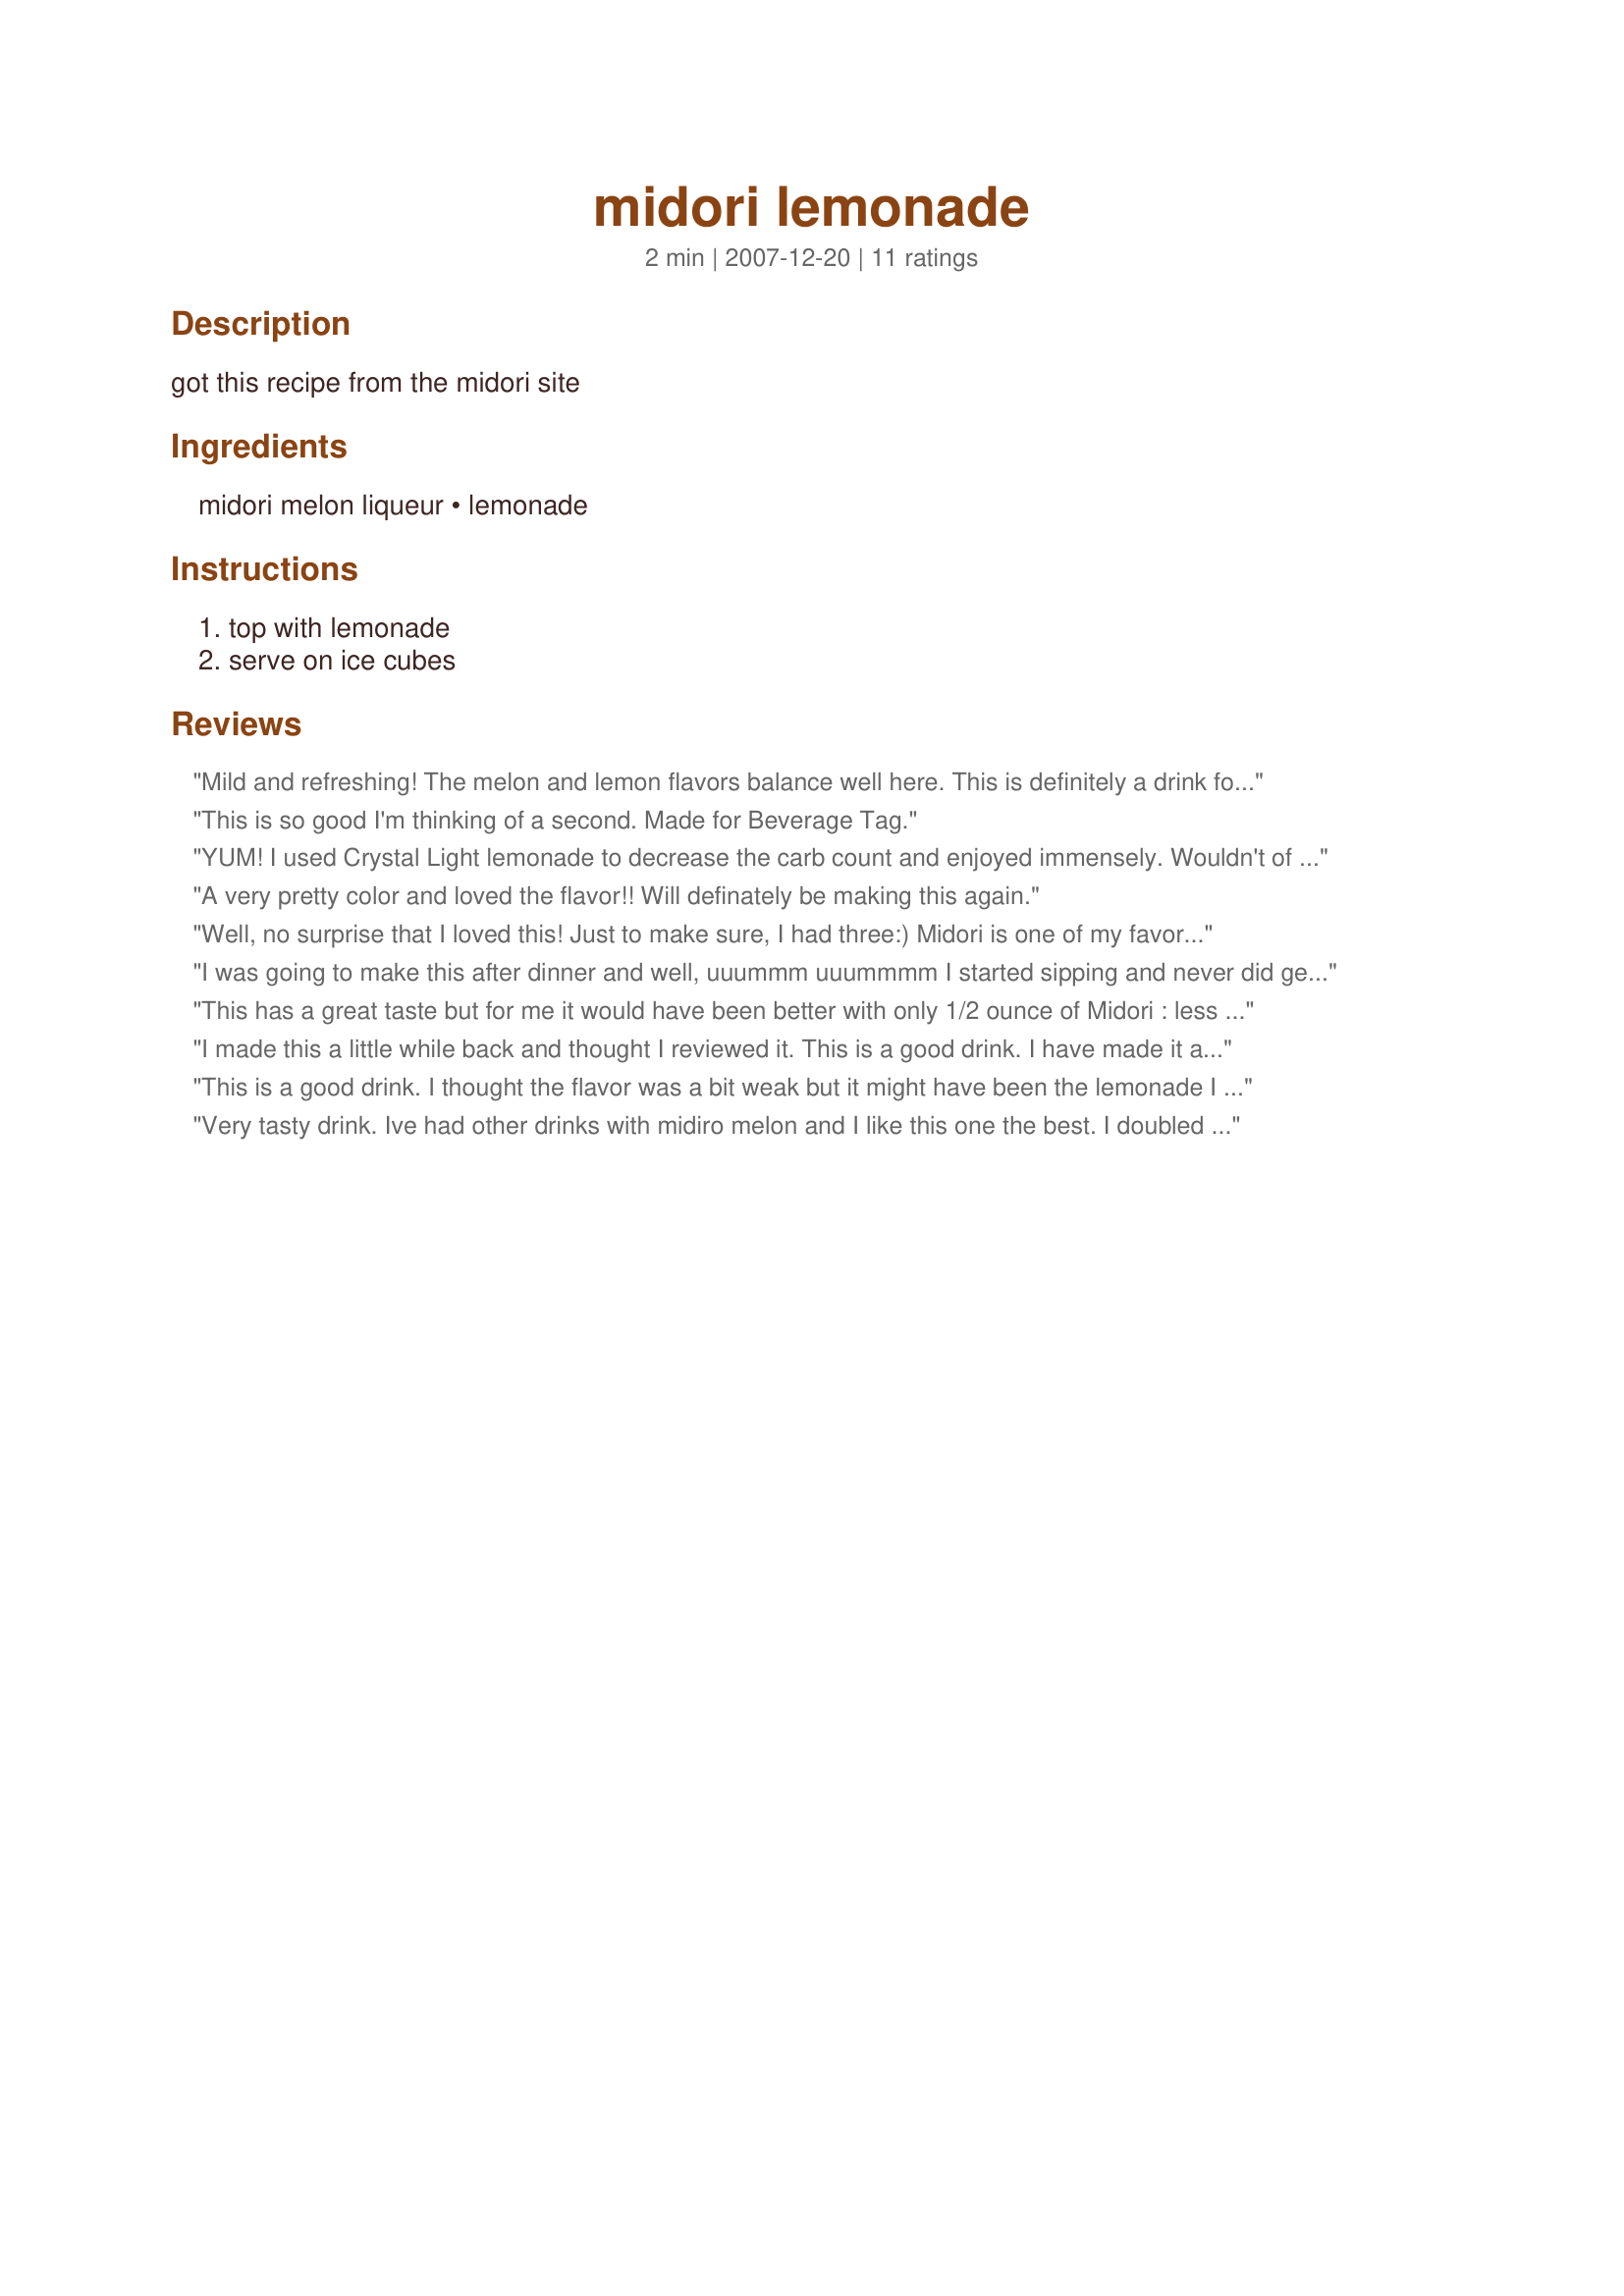
midori lemonade
Preparation time: 2 minutes

got this recipe from the midori site

Ingredients:
midori melon liqueur, lemonade

Steps:
top with lemonade, serve on ice cubes

Reviews:
Mild and refreshing! The melon and lemon flavors balance well here. This is definitely a drink for those who enjoy a lighter alcohol and a sweeter drink. This is not too sweet- just right. The lemonade balances the sweet Midori well. Thanks NoraMarie! *Made for Bevy Tag*
This is so good I'm thinking of a second. Made for Beverage Tag.
YUM! I used Crystal Light lemonade to decrease the carb count and enjoyed immensely. Wouldn't of thought of this combo myself. Thats why I love Zaar:) Thanks!
A very pretty color and loved the flavor!! Will definately be making this again.
Well, no surprise that I loved this! Just to make sure, I had three:) Midori is one of my favorites to have when I am wanting something a little sweet.
I was going to make this after dinner and well, uuummm uuummmm I started sipping and never did get to making dinner. I promised my husband once my bottle of Midori's gone, it's gone.
This has a great taste but for me it would have been better with only 1/2 ounce of Midori : less sweet. I used pink lemonade. Not the best look but at least, the taste is the same. Thanks Nora Marie. Made for Bevy tag
I made this a little while back and thought I reviewed it. This is a good drink. I have made it a couple of times. Easy to make and not too strong. I will be making this again. Thanks for sharing your recipe. Made for Bevy Tag.
This is a good drink. I thought the flavor was a bit weak but it might have been the lemonade I used. A very pretty color!
Very tasty drink. Ive had other drinks with midiro melon and I like this one the best. I doubled the ingredients and made it in a very tall glass. Next time I will add a squeeze of fresh lemon. Thanks for sharing this recipe.
I bought a mini bottle of the Midori melon a few months back to tag, but then never got to tag the drink. I wasn't sure if I would it and found out that I sure do!!! I used crystal light lemonade and then mixed with the Midori, and it was delicious light and fruity drink. Thanks NoraMarie for a great new drink. Made for bevy tag.
